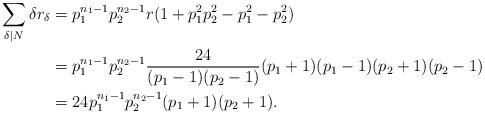
LaTeX: \begin{align*}\sum\limits_{\delta|N}\delta r_\delta&=p_1^{n_1-1}p_2^{n_2-1}r(1+p_1^2p_2^2-p_1^2-p_2^2)\\ &=p_1^{n_1-1}p_2^{n_2-1}\frac{24}{(p_1-1)(p_2-1)}(p_1+1)(p_1-1)(p_2+1)(p_2-1)\\ &=24p_1^{n_1-1}p_2^{n_2-1}(p_1+1)(p_2+1).\end{align*}